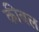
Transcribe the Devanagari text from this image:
कीबल